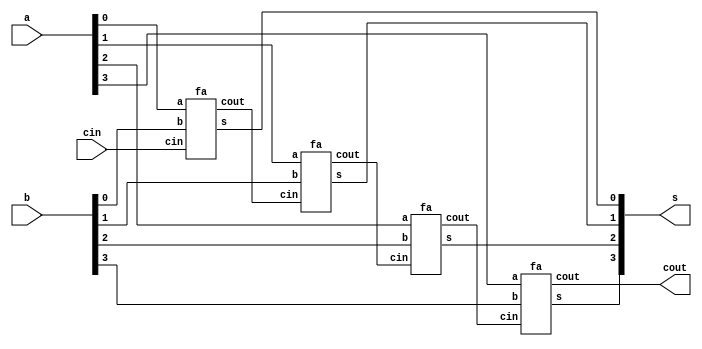
module rip(s,cout,a,b,cin);
// module for 4-bit Ripple carry adder
  input [3:0]a;
  input [3:0]b;
  input cin;
  output cout;
  output [3:0]s;
  wire c2,c3,c4,cout;
  fa m1(s[0],c2,a[0],b[0],cin);
  fa m2(s[1],c3,a[1],b[1],c2);
  fa m3(s[2],c4,a[2],b[2],c3);
  fa m4(s[3],cout,a[3],b[3],c4);
endmodule

module fa(s,cout,a,b,cin);
//sub module for Full adder
input a,b,cin;
output s,cout;
wire w1,w2,w3;
ha m1(w1,w2,a,b);
ha m2(s,w3,w1,cin);
or m3(cout,w2,w3);
endmodule

module ha(s,cout,a,b);
 //sub module for Half adder
  input a,b;
  output s,cout;
  xor m1(s,a,b);
  and m2(cout,a,b);
endmodule